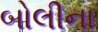
બોલીના